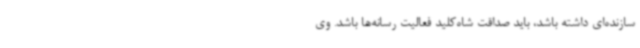
سازنده‌ای داشته باشد، باید صداقت شاه‌کلید فعالیت رسانه‌ها باشد. وی